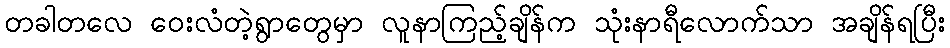
တခါတလေ ဝေးလံတဲ့ရွာတွေမှာ လူနာကြည့်ချိန်က သုံးနာရီလောက်သာ အချိန်ရပြီး